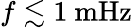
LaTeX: f\lesssim 1~\mathrm{mHz}